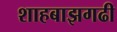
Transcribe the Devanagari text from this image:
शाहबाझगढी